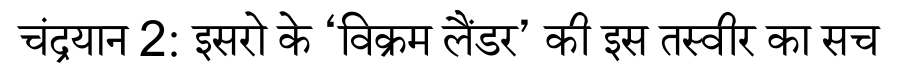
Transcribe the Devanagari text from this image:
चंद्रयान 2: इसरो के ‘विक्रम लैंडर’ की इस तस्वीर का सच